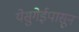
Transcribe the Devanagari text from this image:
येसुगेईपासून